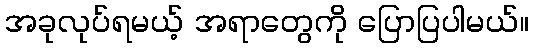
အခုလုပ်ရမယ့် အရာတွေကို ပြောပြပါမယ်။